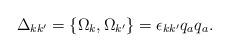
LaTeX: \begin{align*}\Delta_{kk^{\prime}}=\{\Omega_{k},\Omega_{k^{\prime}}\}=\epsilon_{kk^{\prime}}q_{a}q_{a}. \end{align*}